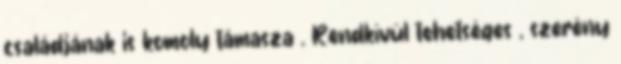
családjának is komoly támasza . Rendkívül tehetséges , szerény